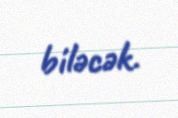
biləcək.